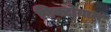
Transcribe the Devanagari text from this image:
पिक्टोग्राम